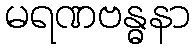
မရဏဗန္ဓနာ